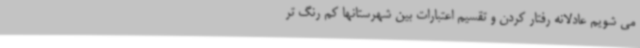
می شویم عادلانه رفتار کردن و تقسیم اعتبارات بین شهرستانها کم رنگ تر